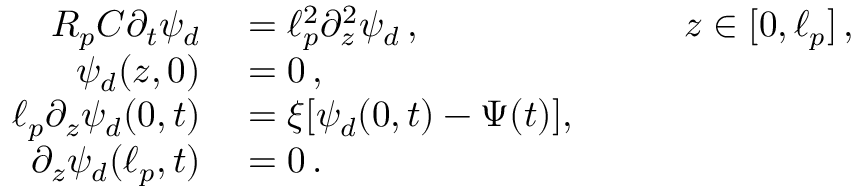
\begin{array} { r l r l } { R _ { p } C \partial _ { t } \psi _ { d } } & { { } = \ell _ { p } ^ { 2 } \partial _ { z } ^ { 2 } \psi _ { d } \, , } & { \quad } & { { } z \in [ 0 , \ell _ { p } ] \, , } \\ { \psi _ { d } ( z , 0 ) } & { { } = 0 \, , } \\ { \ell _ { p } \partial _ { z } \psi _ { d } ( 0 , t ) } & { { } = \xi [ \psi _ { d } ( 0 , t ) - \Psi ( t ) ] , } \\ { \partial _ { z } \psi _ { d } ( \ell _ { p } , t ) } & { { } = 0 \, . } \end{array}